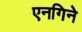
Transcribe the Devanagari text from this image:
एनगिने